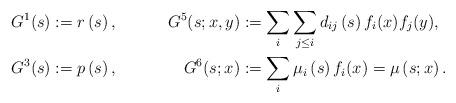
LaTeX: \begin{align*}&G^{1}(s):=r\left(s\right),&G^{5}(s;x,y)&:=\sum_i\sum_{j\leq i}d_{ij}\left(s \right)f_i(x)f_j(y),\\&G^{3}(s):=p\left(s\right),&G^{6}(s;x)&:=\sum_i\mu_i\left(s\right)f_i(x)=\mu\left(s ;x\right).\end{align*}